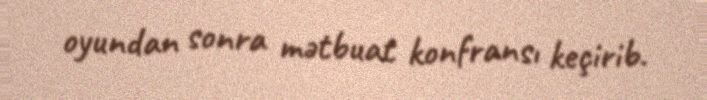
oyundan sonra mətbuat konfransı keçirib.